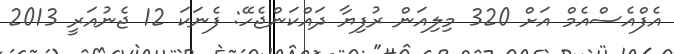
އެފްއެސްއެމް އަށް 320 މިލިއަން ރުފިޔާ ދައްކަންޖެހޭ: ފެނަކަ 12 ޖެނުއަރީ 2013